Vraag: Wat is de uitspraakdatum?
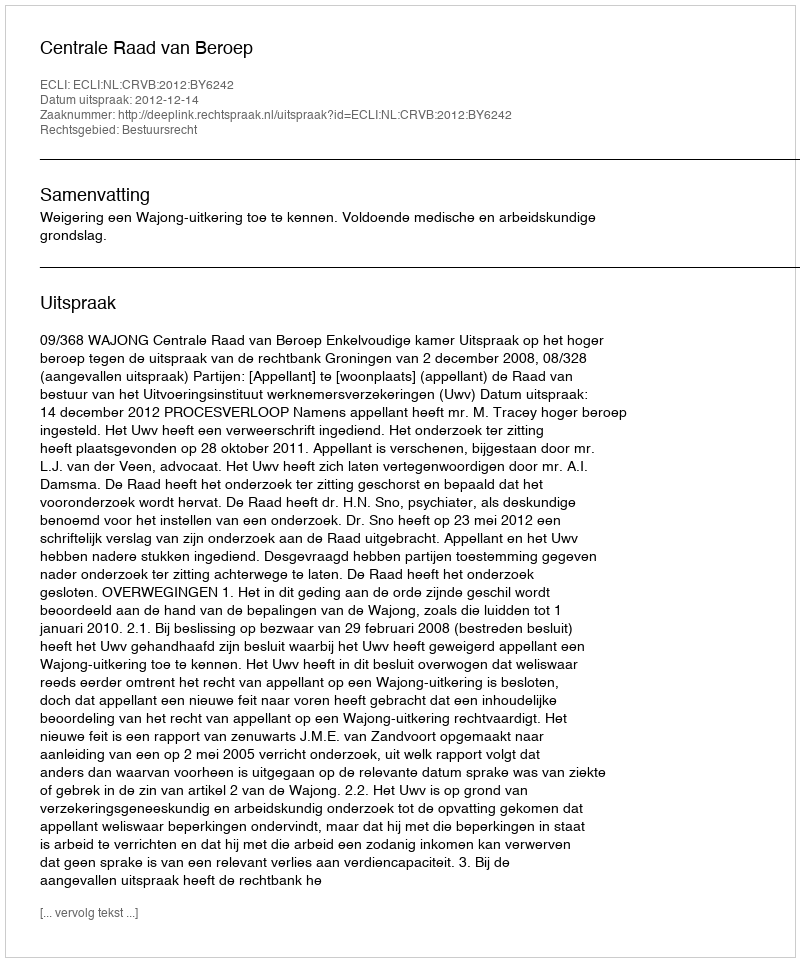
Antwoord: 2012-12-14